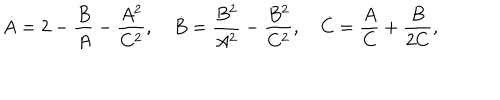
\dot { A } = 2 - \frac { B } { A } - \frac { A ^ { 2 } } { C ^ { 2 } } , \quad \dot { B } = \frac { B ^ { 2 } } { A ^ { 2 } } - \frac { B ^ { 2 } } { C ^ { 2 } } , \quad \dot { C } = \frac { A } { C } + \frac { B } { 2 C } ,